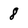
Character: 8